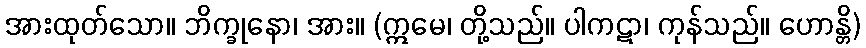
အားထုတ်သော။ ဘိက္ခုနော၊ အား။ (ဣမေ၊ တို့သည်။ ပါကဋာ၊ ကုန်သည်။ ဟောန္တိ)